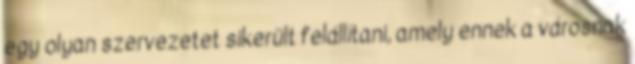
egy olyan szervezetet sikerült felállítani, amely ennek a városnak